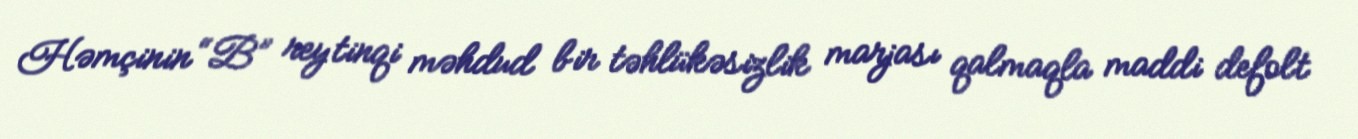
Həmçinin “B” reytinqi məhdud bir təhlükəsizlik marjası qalmaqla maddi defolt